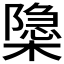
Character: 𬄩